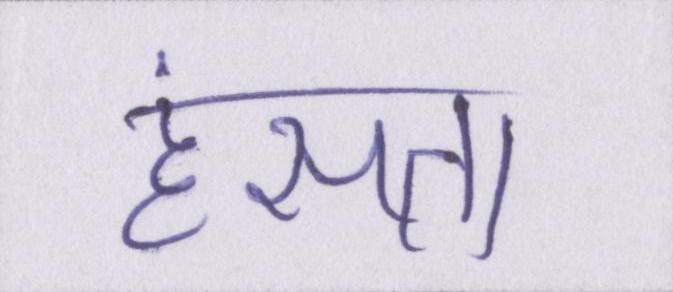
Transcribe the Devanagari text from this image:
हंसता